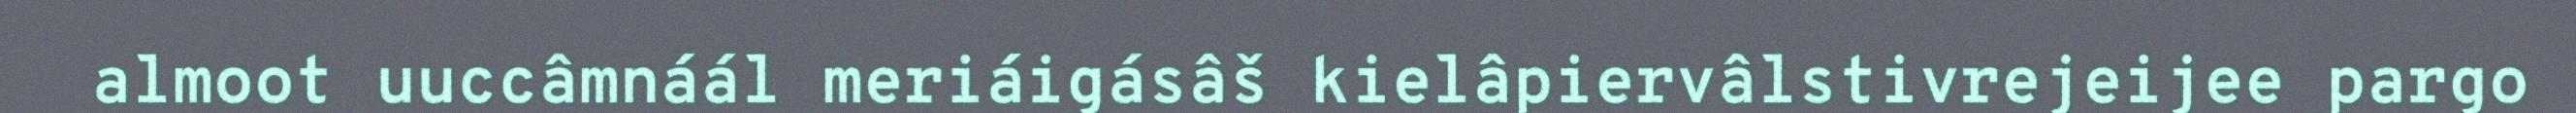
almoot uuccâmnáál meriáigásâš kielâpiervâlstivrejeijee pargo